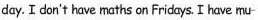
day. I don't have maths on Fridays. I have mu-